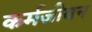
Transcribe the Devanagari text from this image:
कर्मजीवन